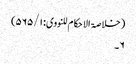
( خلاصۃ الا حکام للنووی: ۵۶۵/۱)
۶۔